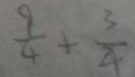
\frac { 9 } { 4 } + \frac { 3 } { 4 }